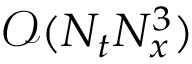
\mathcal { O } ( N _ { t } N _ { x } ^ { 3 } )